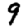
Digit: 9